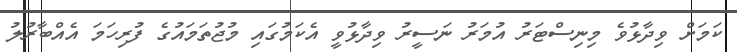
ކަމަށް ވިދާޅުވެ މިނިސްޓަރު އުމަރު ނަސީރު ވިދާޅުވީ އެކަމުގައި މުޖުތަމައުގެ ފުރިހަމަ އެއްބާރުލު